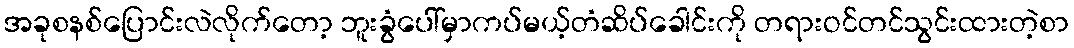
အခုစနစ်ပြောင်းလဲလိုက်တော့ ဘူးခွံပေါ်မှာကပ်မယ့်တံဆိပ်ခေါင်းကို တရားဝင်တင်သွင်းထားတဲ့စာ